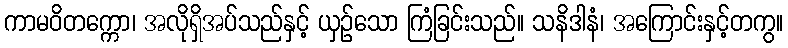
ကာမဝိတက္ကော၊ အလိုရှိအပ်သည်နှင့် ယှဉ်သော ကြံခြင်းသည်။ သနိဒါနံ၊ အကြောင်းနှင့်တကွ။